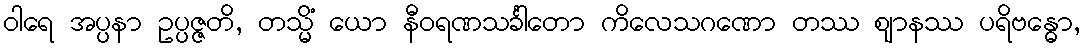
ဝါရေ အပ္ပနာ ဥပ္ပဇ္ဇတိ, တသ္မိံ ယော နီဝရဏသင်္ခါတော ကိလေသဂဏော တဿ ဈာနဿ ပရိဗန္ဓော,